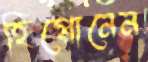
হিপ্পোনেন